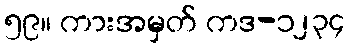
၅၉။ ကားအမှတ် ကဒ-၁၂၃၄